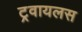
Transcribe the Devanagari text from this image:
ट्रवायलस